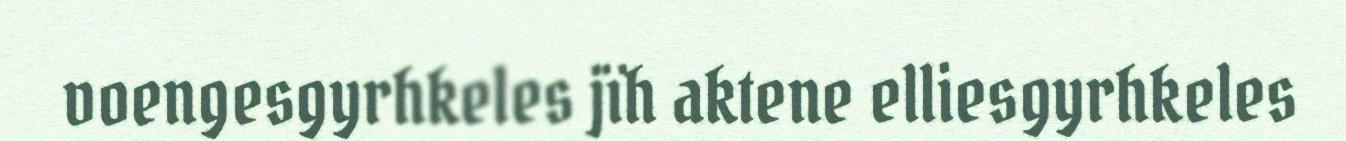
voengesgyrhkeles jïh aktene elliesgyrhkeles